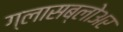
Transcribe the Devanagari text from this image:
ग्लासब्लोअर